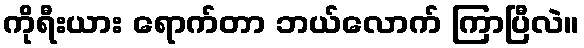
ကိုရီးယား ရောက်တာ ဘယ်လောက် ကြာပြီလဲ။